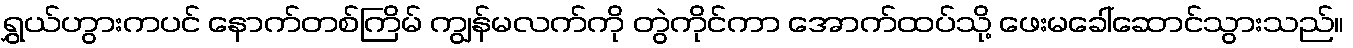
ရွှယ်ဟွားကပင် နောက်တစ်ကြိမ် ကျွန်မလက်ကို တွဲကိုင်ကာ အောက်ထပ်သို့ ဖေးမခေါ်ဆောင်သွားသည်။